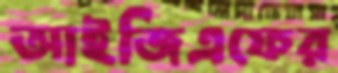
আইজিএফের